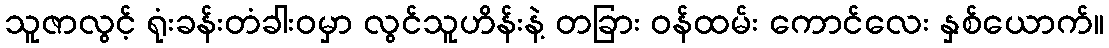
သူဇာလွင့် ရုံးခန်းတံခါးဝမှာ လွင်သူဟိန်းနဲ့ တခြား ဝန်ထမ်း ကောင်လေး နှစ်ယောက်။